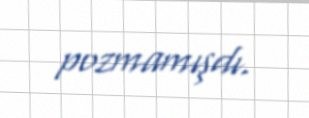
pozmamışdı.